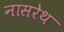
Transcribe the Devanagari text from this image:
नासरेथ